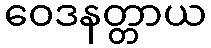
ဝေဒနတ္တာယ